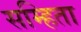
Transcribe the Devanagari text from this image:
सम्हिता